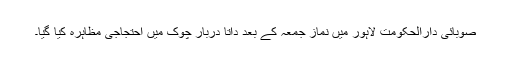
صوبائی دارالحکومت لاہور میں نماز جمعہ کے بعد داتا دربار چوک میں احتجاجی مظاہرہ کیا گیا۔